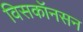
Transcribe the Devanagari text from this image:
विसकॉनसन